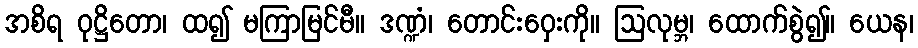
အစိရ ဝုဋ္ဌိတော၊ ထ၍ မကြာမြင်မီ။ ဒဏ္ဍံ၊ တောင်းဝှေးကို။ ဩလုမ္ဘ၊ ထောက်စွဲ၍။ ယေန၊